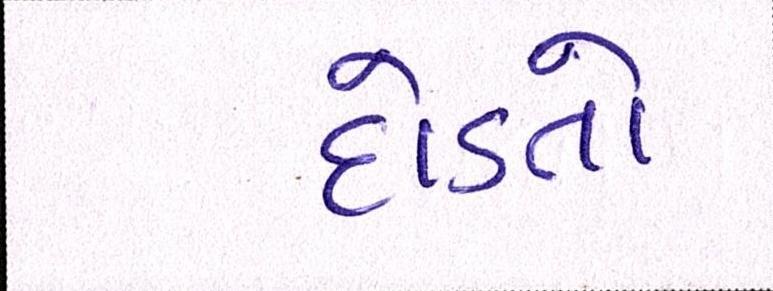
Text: દોડતો